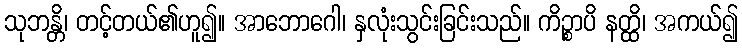
သုဘန္တိ၊ တင့်တယ်၏ဟူ၍။ အာဘောဂေါ၊ နှလုံးသွင်းခြင်းသည်။ ကိဉ္စာပိ နတ္ထိ၊ အကယ်၍